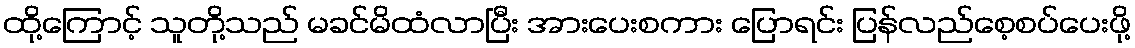
ထို့ကြောင့် သူတို့သည် မခင်မိထံလာပြီး အားပေးစကား ပြောရင်း ပြန်လည်စေ့စပ်ပေးဖို့